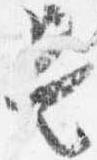
是